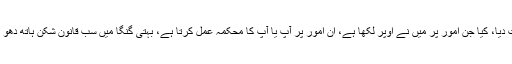
گزشتہ دنوں میں نے اپنی گاڑی کا ٹیکس ادا کیا ہے، آپ نے15 جنوری تک کا وقت دیا، کیا جن امور پر میں نے اوپر لکھا ہے، ان امور پر آپ یا آپ کا محکمہ عمل کرتا ہے، بہتی گنگا میں سب قانون شکن ہاتھ دھو رہے ہیں اور جو شریف شہری ٹیکس دیتے ہیں ان کو عزت و تکریم دینے والا نہیں۔